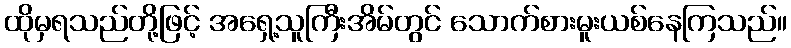
ထိုမှရသည်တို့ဖြင့် အရှေ့သူကြီးအိမ်တွင် သောက်စားမူးယစ်နေကြသည်။